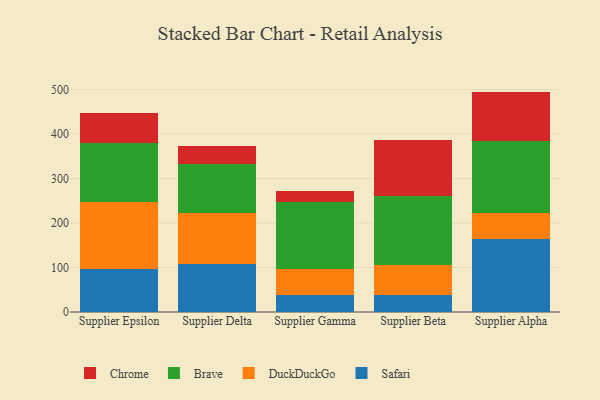
{"axis": {"x": "Supplier", "y": "Page Views"}, "legend": ["Brave", "Chrome", "DuckDuckGo", "Safari"], "data": [{"x": "Supplier Epsilon", "y": 97.7, "type": "Safari"}, {"x": "Supplier Epsilon", "y": 149.0, "type": "DuckDuckGo"}, {"x": "Supplier Epsilon", "y": 132.6, "type": "Brave"}, {"x": "Supplier Epsilon", "y": 69.3, "type": "Chrome"}, {"x": "Supplier Delta", "y": 106.9, "type": "Safari"}, {"x": "Supplier Delta", "y": 116.0, "type": "DuckDuckGo"}, {"x": "Supplier Delta", "y": 110.2, "type": "Brave"}, {"x": "Supplier Delta", "y": 40.1, "type": "Chrome"}, {"x": "Supplier Gamma", "y": 38.8, "type": "Safari"}, {"x": "Supplier Gamma", "y": 57.0, "type": "DuckDuckGo"}, {"x": "Supplier Gamma", "y": 152.1, "type": "Brave"}, {"x": "Supplier Gamma", "y": 24.4, "type": "Chrome"}, {"x": "Supplier Beta", "y": 37.5, "type": "Safari"}, {"x": "Supplier Beta", "y": 68.3, "type": "DuckDuckGo"}, {"x": "Supplier Beta", "y": 154.5, "type": "Brave"}, {"x": "Supplier Beta", "y": 126.1, "type": "Chrome"}, {"x": "Supplier Alpha", "y": 164.7, "type": "Safari"}, {"x": "Supplier Alpha", "y": 58.4, "type": "DuckDuckGo"}, {"x": "Supplier Alpha", "y": 161.9, "type": "Brave"}, {"x": "Supplier Alpha", "y": 110.6, "type": "Chrome"}]}